Indian journal of veterinary science and animal husbandry - Volumes 26-27, 1956-1957
Year: 1956
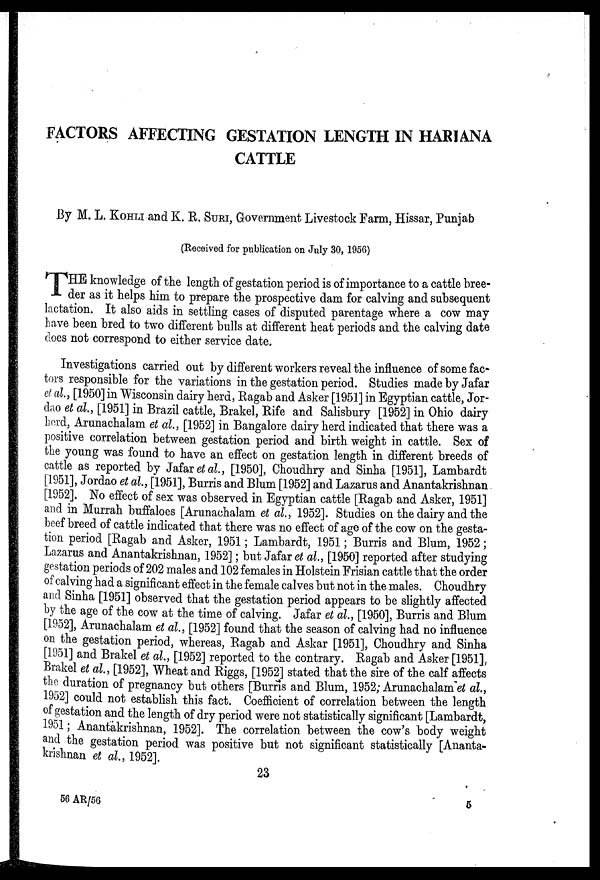
FACTORS AFFECTING GESTATION LENGTH IN HARIANA
CATTLE
By M. L. KOHLI and K. R. SURI, Government Livestock Farm, Hissar, Punjab
(Received for publication on July 30, 1956)
THE knowledge of the length of gestation period is of importance to a cattle bree-
der as it helps him to prepare the prospective dam for calving and subsequent
lactation. It also aids in settling cases of disputed parentage where a cow may
have been bred to two different bulls at different heat periods and the calving date
does not correspond to either service date.
Investigations carried out by different workers reveal the influence of some fac-
tors responsible for the variations in the gestation period. Studies made by Jafar
et al., [1950] in Wisconsin dairy herd, Ragab and Asker [1951] in Egyptian cattle, Jor-
dao et al., [1951] in Brazil cattle, Brakel, Rife and Salisbury [1952] in Ohio dairy
herd Arunachalam et al., [1952] in Bangalore dairy herd indicated that there was a
positive correlation between gestation period and birth weight in cattle. Sex of
the young was found to have an effect on gestation length in different breeds of
cattle as reported by Jafar et al., [1950], Choudhry and Sinha [1951], Lambardt
[1951], Jordao et al., [1951], Burris and Blum [1952] and Lazarus and Anantakrishnan
[1952]. No effect of sex was observed in Egyptian cattle [Ragab and Asker, 1951]
and in Murrah buffaloes [Arunachalam et al., 1952]. Studies on the dairy and the
beef breed of cattle indicated that there was no effect of age of the cow on the gesta-
tion period [Ragab and Asker, 1951; Lambardt, 1951; Burris and Blum, 1952;
Lazarus and Anantakrishnan, 1952]; but Jafar et al., [1950] reported after studying
gestation periods of 202 males and 102 females in Holstein Frisian cattle that the order
of calving had a significant effect in the female calves but not in the males. Choudhry
and Sinha [1951] observed that the gestation period appears to be slightly affected
by the age of the cow at the time of calving. Jafar et al., [1950], Burris and Blum
[1952], Arunachalam et al., [1952] found that the season of calving had no influence
on the gestation period, whereas, Ragab and Askar [1951], Choudhry and Sinha
[1951] and Brakel et al., [1952] reported to the contrary. Ragab and Asker [1951],
Brakel et al., [1952], Wheat and Riggs, [1952] stated that the sire of the calf affects
the duration of pregnancy but others [Burris and Blum, 1952; Arunachalam et al.,
1952] could not establish this fact. Coefficient of correlation between the length
of gestation and the length of dry period were not statistically significant [Lambardt,
1951; Anantakrishnan, 1952]. The correlation between the cow's body weight
and the gestation period was positive but not significant statistically [Ananta-
krishnan et al., 1952].
23
56
AR/56
5